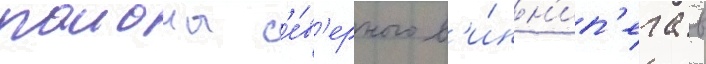
раиона с'е́в'ерного в'и́нн'ип'ега в